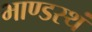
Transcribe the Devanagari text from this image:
भाण्डस्थं